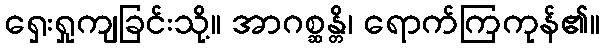
ရှေးရှုကျခြင်းသို့။ အာဂစ္ဆန္တိ၊ ရောက်ကြကုန်၏။